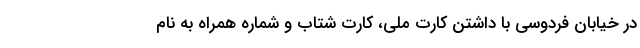
در خیابان فردوسی با داشتن کارت ملی، کارت شتاب و شماره همراه به نام